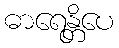
ဓာရေန္တိပေ